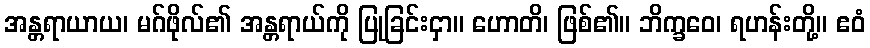
အန္တရာယာယ၊ မဂ်ဖိုလ်၏ အန္တရာယ်ကို ပြုခြင်းငှာ။ ဟောတိ၊ ဖြစ်၏။ ဘိက္ခဝေ၊ ရဟန်းတို့။ ဧဝံ